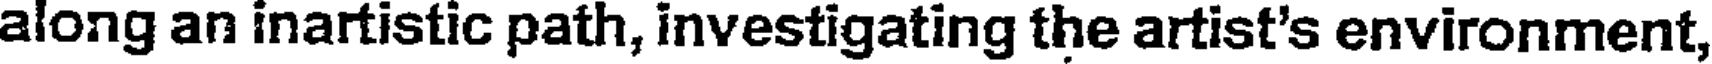
along an inartistic path, investigating the artist's environment,